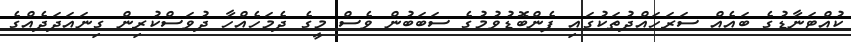
ކުއްޓަނާޑުގެ ބައެއް ސަރަހައްދުތަކުގައި ފެންބޮޑުވުމުގެ ސަބަބުން ވެސް މީގެ ދެމަހެއްހާ ދުވަސްކުރިން ގިނައަދަދެއްގެ